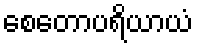
စေတောပရိယာယံ